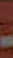
-